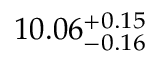
1 0 . 0 6 _ { - 0 . 1 6 } ^ { + 0 . 1 5 }